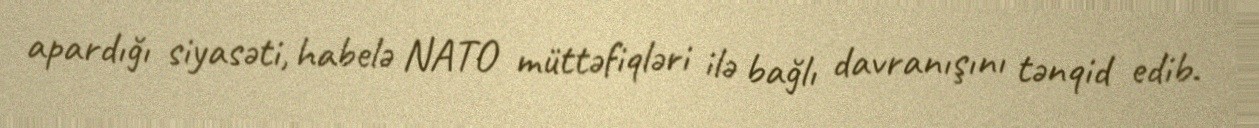
apardığı siyasəti, habelə NATO müttəfiqləri ilə bağlı davranışını tənqid edib.